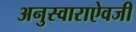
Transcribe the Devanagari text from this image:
अनुस्वाराऐवजी